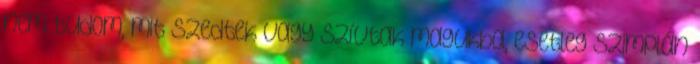
nem tudom, mit szedtek vagy szívtak magukba, esetleg szimplán